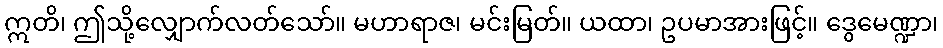
ဣတိ၊ ဤသို့လျှောက်လတ်သော်။ မဟာရာဇ၊ မင်းမြတ်။ ယထာ၊ ဥပမာအားဖြင့်။ ဒွေမေဏ္ဍာ၊